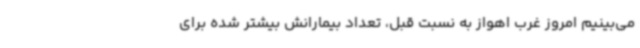
می‌بینیم امروز غرب اهواز به نسبت قبل، تعداد بیمارانش بیشتر شده برای